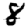
Digit: 8